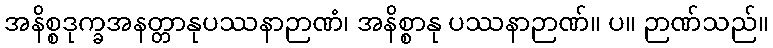
အနိစ္စဒုက္ခအနတ္တာနုပဿနာဉာဏံ၊ အနိစ္စာနု ပဿနာဉာဏ်။ ပ။ ဉာဏ်သည်။